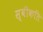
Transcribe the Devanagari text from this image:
स्वीकति